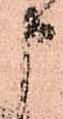
申